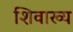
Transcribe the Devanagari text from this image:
शिवाख्य